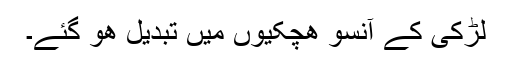
لڑکی کے آنسو ھچکیوں میں تبدیل ھو گئے۔